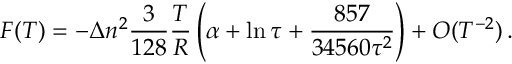
F ( T ) = - \Delta n ^ { 2 } \frac { 3 } { 1 2 8 } \frac { T } { R } \left( \alpha + \ln \tau + \frac { 8 5 7 } { 3 4 5 6 0 \tau ^ { 2 } } \right) + { \cal O } ( T ^ { - 2 } ) \, { . }